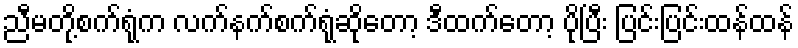
ညီမတို့စက်ရုံက လက်နက်စက်ရုံဆိုတော့ ဒီထက်တော့ ပိုပြီး ပြင်းပြင်းထန်ထန်